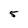
Character: 5